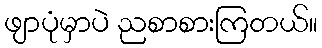
ဖျာပုံမှာပဲ ညစာစားကြတယ်။